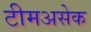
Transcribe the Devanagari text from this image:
टीमअसेक